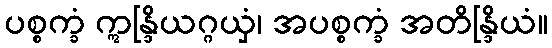
ပစ္စက္ခံ ဣန္ဒြိယဂ္ဂယှံ၊ အပစ္စက္ခံ အတိန္ဒြိယံ။